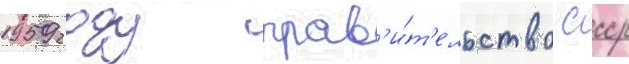
1959 году прав'и́т'ельство ссср